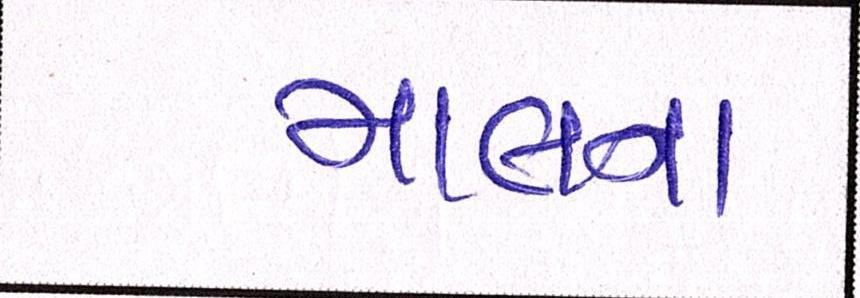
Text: માલના